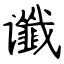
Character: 谶